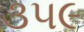
૩૫૯